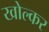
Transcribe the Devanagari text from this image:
खोल्कर